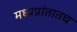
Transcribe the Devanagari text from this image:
मध्यप्रांतातच